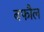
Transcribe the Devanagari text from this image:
बफौल